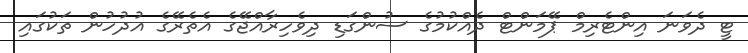
ޓީ ދެވަނަ އިންޓެރިމް ޕޭމަންޓް ދެއްކުމުގެ ސުންގަޑި ދިވެހިރާއްޖޭގެ އެތެރޭގެ އުދުހުން ތަކުގައި